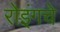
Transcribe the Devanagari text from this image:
रोइंगचे